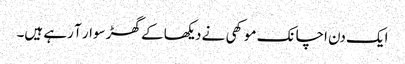
ایک دن اچانک موکھی نے دیکھا کے گھڑ سوار آ رہے ہیں۔